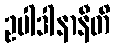
ဥပါဒါနာနီတိ